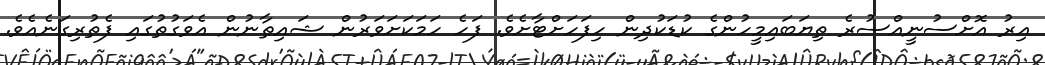
އިރު އޮށްސުނީއްސުރެ ތިޔަބައިމީހުންގެ ކުޑަކުދިން ހިފަހަށްޓާށެވެ. ފަހެ ހަމަކަށަވަރުން ޝައިޠާނުން އެވަގުތުގައި ފެތުރިގަނެއެވެ.